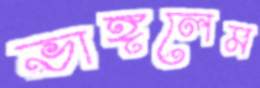
ভাঙ্গলেম